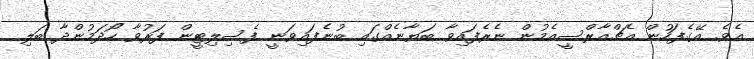
އެވެ. އޭގެފަހުން އެޗްއާރްސީއެމުން ނެރެފައިވާ ބަޔާނެއްގައި ބުނެފައިވަނީ ފެސިލިޓީން ފަރުވާ ހޯދަމުންދާ ބަލި